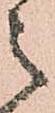
之